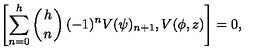
\left[ \sum _ { n = 0 } ^ { h } \left( { h \atop n } \right) ( - 1 ) ^ { n } V ( \psi ) _ { n + 1 } , V ( \phi , z ) \right] = 0 ,